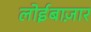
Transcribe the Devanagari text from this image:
लोईबाज़ार